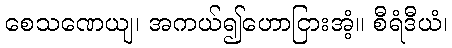
စေသဏေယျ၊ အကယ်၍ဟောငြားအံ့။ စီရံဒီယံ၊